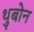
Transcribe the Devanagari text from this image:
थुबोन